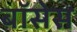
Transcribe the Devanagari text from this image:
बॉसेस